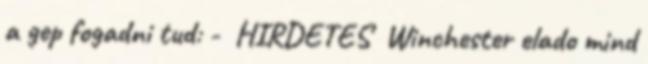
a gep fogadni tud: - HIRDETES Winchester elado mind